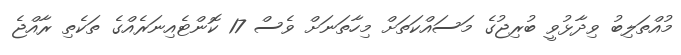
މުއްތަލިބު ވިދާޅުވީ ބުރިޖުގެ މަސައްކަތަށް މިހާތަނަށް ވެސް 17 ކޮންޓެއިނަރެއްގެ ތަކެތި ރާއްޖެ